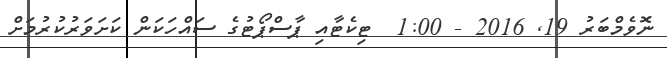
ނޮވެމްބަރު 19